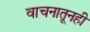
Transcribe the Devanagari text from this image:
वाचनातूनही